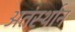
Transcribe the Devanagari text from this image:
अतंर्स्थान